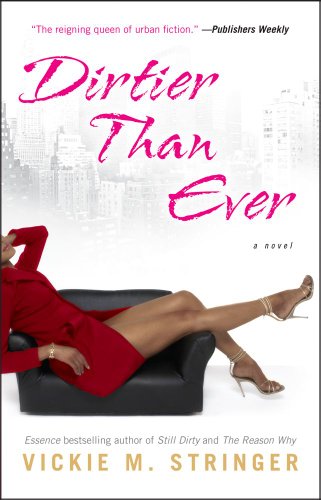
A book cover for Dirtier Than Ever: A Novel; Vickie M. Stringer; Romance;